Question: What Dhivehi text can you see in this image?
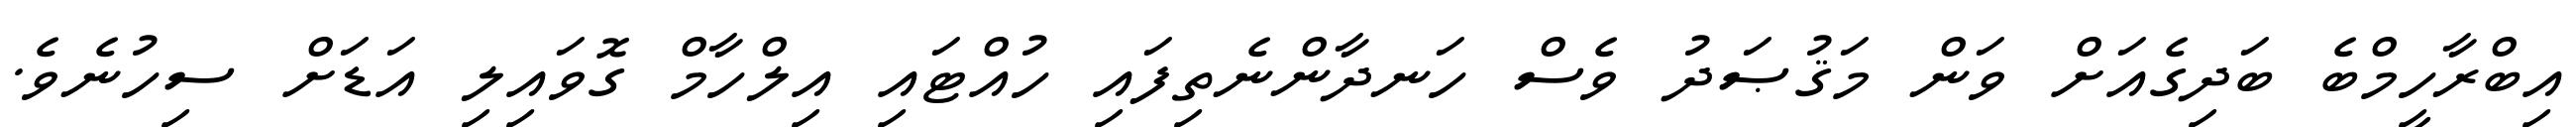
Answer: އިބްރާހީމްބެ ބަދިގެއަށް ވަން މަޤުޞަދު ވެސް ހަނދާންނެތިފައި ހުއްޓައި އިލްހާމް ގޮވައިލި އަޑަށް ސިހުނެވެ.